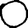
Digit: 0